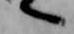
へ